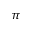
\pi